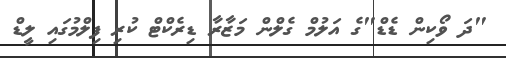
"ދަ ވޯކިން ޑެޑް"ގެ އަލުމް ގެލްން މަޒާރާ ޑިރެކްޓް ކުރި ފިލްމުގައި ލީޑް